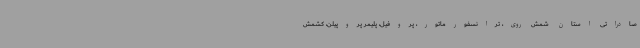
صادراتی استان شمش روی، ترانسفورماتور، پروفیل، پلیمر پروپیلن، کشمش